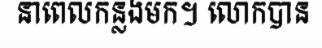
នាពេលកន្លងមក។ លោកបាន